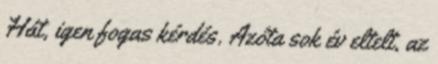
Hát, igen fogas kérdés. Azóta sok év eltelt, az